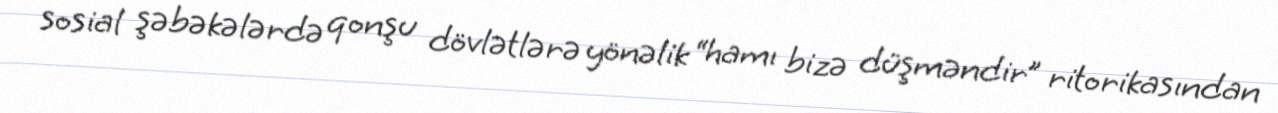
sosial şəbəkələrdə qonşu dövlətlərə yönəlik “hamı bizə düşməndir” ritorikasından